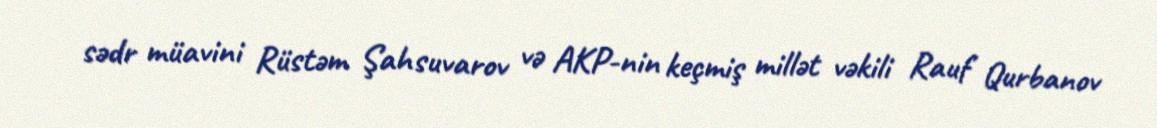
sədr müavini Rüstəm Şahsuvarov və AKP-nin keçmiş millət vəkili Rauf Qurbanov